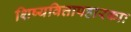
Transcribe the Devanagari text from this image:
शिष्यवित्तापहारकाः